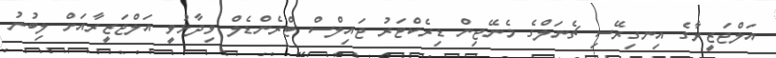
އަލްޖަޒީރާގެ އިނގިރޭސި ޗެނަލްގެ މެނޭޖިން ޑިރެކްޓަރު ޖައިލްސް ޓްރެންޑެލް ވިދާޅުވީ އަލްޖަޒީރާއަށް ލިބުނު